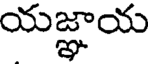
యజ్ఞాయ